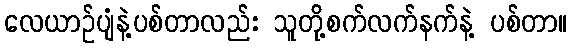
လေယာဉ်ပျံနဲ့ပစ်တာလည်း သူတို့စက်လက်နက်နဲ့ ပစ်တာ။